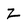
Character: Z